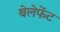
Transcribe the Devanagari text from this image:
बेलेफेंट